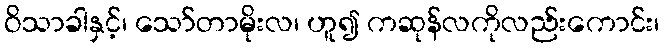
ဝိသာခါနှင့်၊ သော်တာမိုးလ၊ ဟူ၍ ကဆုန်လကိုလည်းကောင်း၊